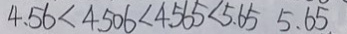
4 . 5 6 < 4 . 5 0 6 < 4 . 5 6 5 < 5 . 6 5 5 . 6 5 .